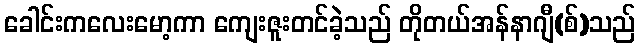
ခေါင်းကလေးမော့ကာ ကျေးဇူးတင်ခဲ့သည် တိုတယ်အန်နာဂျီ(စ်)သည်